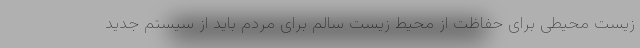
زیست محیطی برای حفاظت از محیط زیست سالم برای مردم باید از سیستم جدید